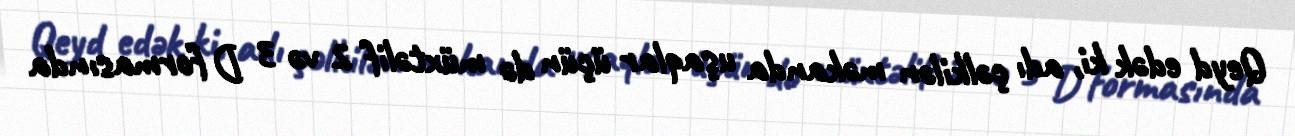
Qeyd edək ki, adı çəlkilən məkanda uşaqlar üçün də müxtəlif 2 və 3 D formasında